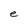
Character: e